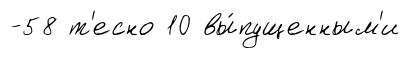
-58 т'есно 10 вы́пущенным'и